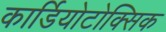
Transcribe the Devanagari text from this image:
कार्डियोटोक्सिक